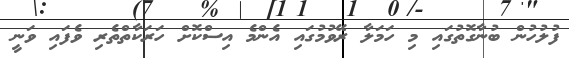
ފުލުހުން ބުނާގޮތުގައި މި ހަމަލާ ރޭވުމުގައި އެންމެ އިސްކޮށް ހަރަކާތްތެރި ވެފައި ވަނީ